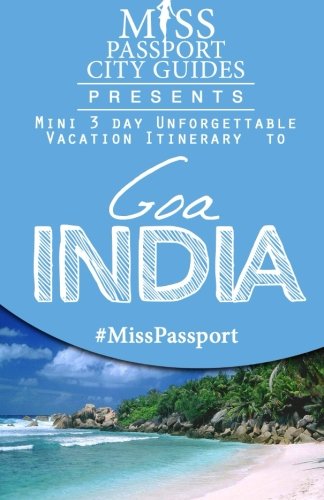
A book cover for Miss Passport City Guides Presents:  Mini 3 day Unforgettable Vacation Itinerary to Goa, India (Miss Passport Travel Guides Book); Sharon Bell; Travel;